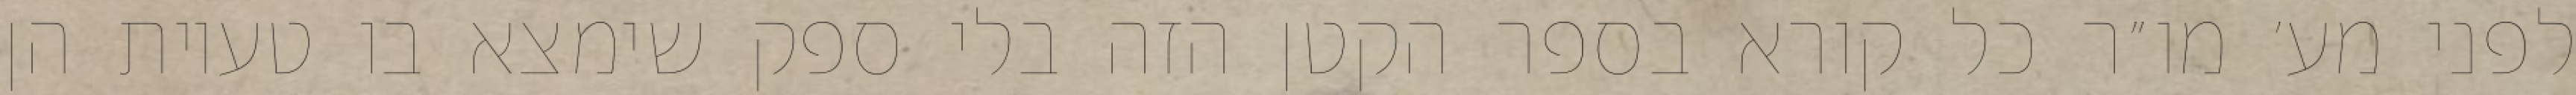
לפני מע׳ מו״ר כל קורא בספר הקטן הזה בלי ספק שימצא בו טעיות הן